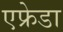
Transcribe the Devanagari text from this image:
एफ्रेडा